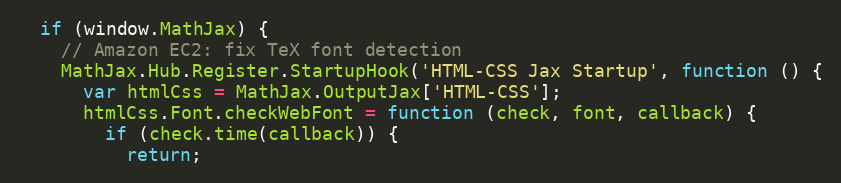
Language: JavaScript
  if (window.MathJax) {
    // Amazon EC2: fix TeX font detection
    MathJax.Hub.Register.StartupHook('HTML-CSS Jax Startup', function () {
      var htmlCss = MathJax.OutputJax['HTML-CSS'];
      htmlCss.Font.checkWebFont = function (check, font, callback) {
        if (check.time(callback)) {
          return;